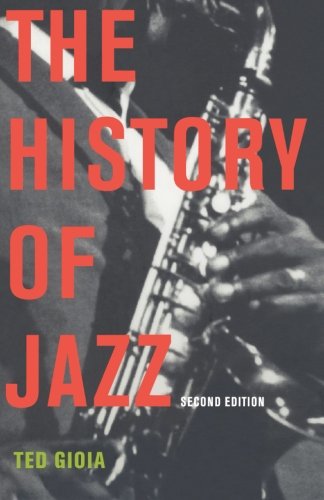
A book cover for The History of Jazz; Ted Gioia; Arts & Photography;